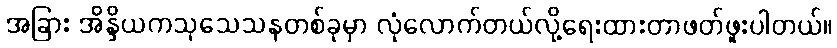
အခြား အိန္ဒိယကသုသေသနတစ်ခုမှာ လုံလောက်တယ်လို့ရေးထားတာဖတ်ဖူးပါတယ်။